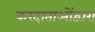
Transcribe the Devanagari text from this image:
करदाताओंद्वारा